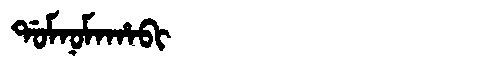
Manchu: ᡩᠣᠮᠨᠣᠮᠠᡥᠠᠪᡳ
Romanization: DOMNOMAHABI